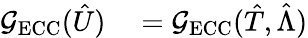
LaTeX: \begin{array}{rl}{\mathcal G_{\mathrm{ECC}}(\hat{U})}&{{}=\mathcal G_{\mathrm{ECC}}(\hat{T},\hat{\Lambda})}\end{array}